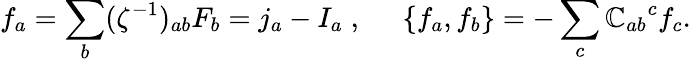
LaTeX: f_{a}=\sum_{b}(\zeta^{-1})_{ab}F_{b}=j_{a}-I_{a}\; ,\; \; \; \; \; \{ f_{a},f_{b}\} =-\sum_{c}{\mathbb{C}_{ab}}^{c}f_{c}.